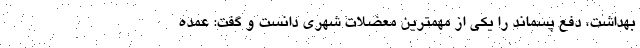
بهداشت، دفع پسماند را یکی از مهمترین معضلات شهری دانست و گفت: عمده